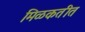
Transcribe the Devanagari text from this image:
मिळकतीत